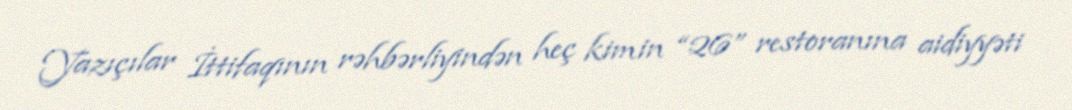
Yazıçılar İttifaqının rəhbərliyindən heç kimin “26” restoranına aidiyyəti